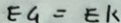
E G = E K